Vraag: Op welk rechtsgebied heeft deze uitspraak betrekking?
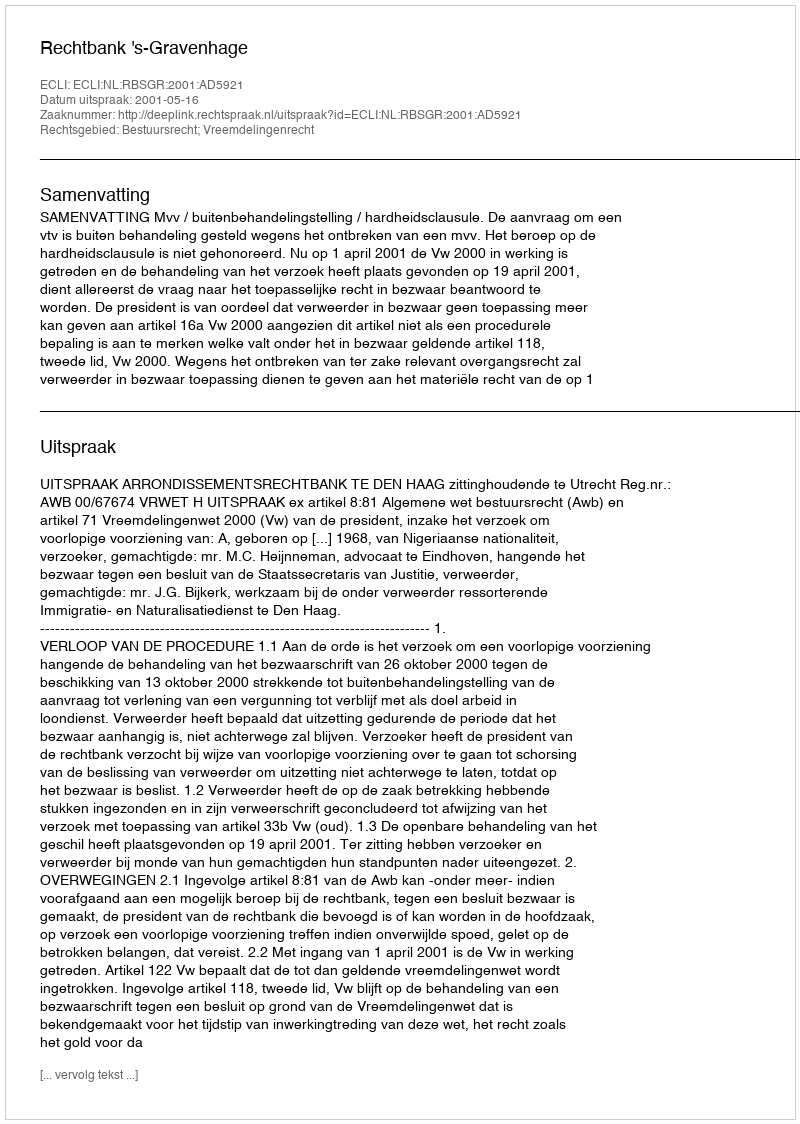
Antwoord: Bestuursrecht; Vreemdelingenrecht